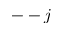
-- j